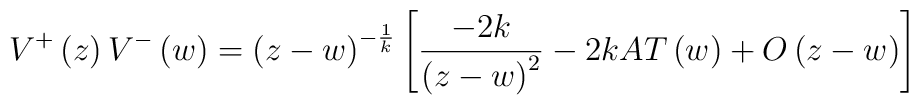
V^{+}\left( z\right) V^{-}\left( w\right) =\left( z-w\right)^{-\frac 1k}\left[ \frac{-2k}{\left( z-w\right) ^2}-2kAT\left( w\right)+O\left( z-w\right) \right]